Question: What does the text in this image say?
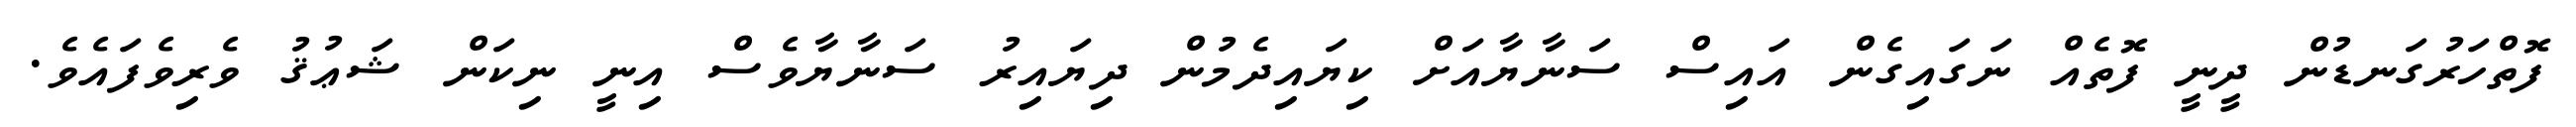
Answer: ފޮތްހަރުގަނޑުން ދީނީ ފޮތެއް ނަގައިގެން އައިސް ސަނާޔާއަށް ކިޔައިދެމުން ދިޔައިރު ސަނާޔާވެސް އިނީ ނިކަން ޝަޢުޤު ވެރިވެފައެވެ.